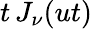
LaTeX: t\, J_{\nu}(ut)